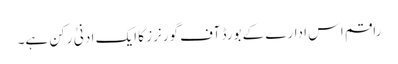
راقم اس ادارے کے بورڈ آف گورنرز کا ایک ادنیٰ رکن ہے۔